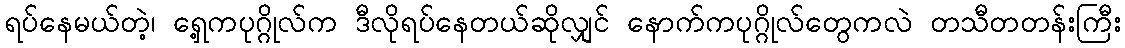
ရပ်နေမယ်တဲ့၊ ရှေ့ကပုဂ္ဂိုလ်က ဒီလိုရပ်နေတယ်ဆိုလျှင် နောက်ကပုဂ္ဂိုလ်တွေကလဲ တသီတတန်းကြီး